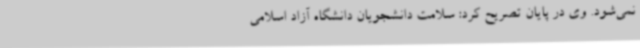
نمی‌شود. وی در پایان تصریح کرد: سلامت دانشجویان دانشگاه آزاد اسلامی